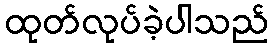
ထုတ်လုပ်ခဲ့ပါသည်